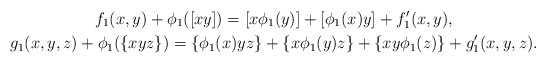
\begin{gather*}f_1(x, y)+\phi_1([xy])=[x\phi_1(y)]+[\phi_1(x)y]+f_1'(x, y),\\g_1(x, y, z)+\phi_1(\{xyz\})=\{\phi_1(x)yz\}+\{x\phi_1(y)z\}+\{xy\phi_1(z)\}+g_1'(x, y, z).\end{gather*}